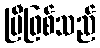
ပြီဖြစ်သည်